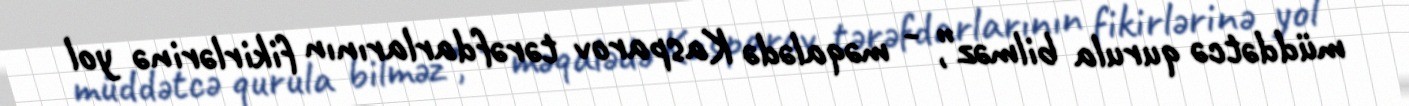
müddətcə qurula bilməz”, - məqalədə Kasparov tərəfdarlarının fikirlərinə yol